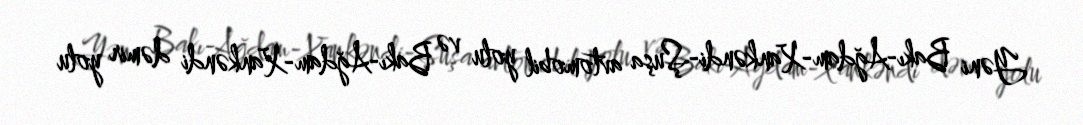
Yəni Bakı-Ağdam-Xankəndi-Şuşa avtomobil yolu və Bakı-Ağdam-Xankəndi dəmir yolu